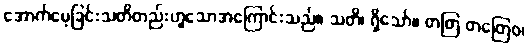
အောက်မေ့ခြင်းသတိတည်းဟူသောအကြောင်းသည်။ သတိ၊ ရှိသော်။ တတြ တတြေဝ၊